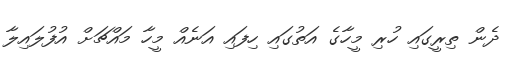
ދެން ތިރީގައި ހުރި މީހާގެ އަތުގައި ހިފައި އަނެއް މީހާ މައްޗަށް އުފުލައިލާ